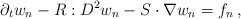
\begin{align*}\partial_{t}w_{n}-R:D^{2}w_{n}-S\cdot\nabla w_{n}=f_{n}\,,\end{align*}